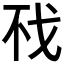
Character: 𰒤